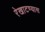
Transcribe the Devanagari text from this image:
रेखाटण्यास